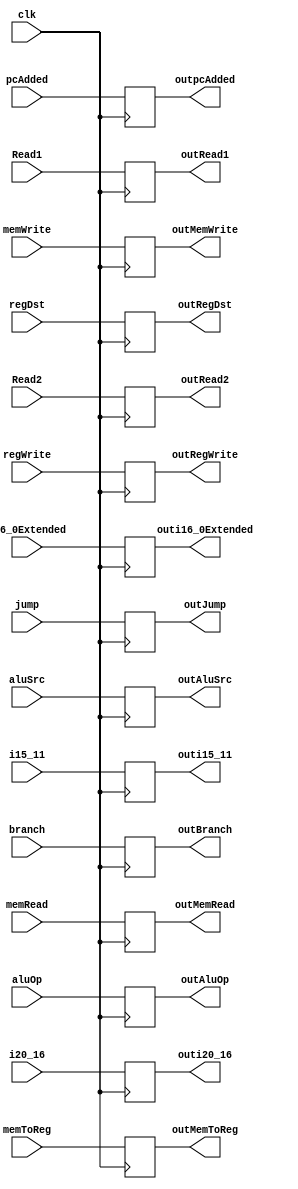
`timescale 1ns/1ns
module InstructionDecode (
    input clk,
    input [31:0] pcAdded,
    input [31:0] Read1,//Obtenido desde banco de registros
    input [31:0] Read2,//Obtenido desde banco de registros
    input [31:0] i16_0Extended,//Obtenido del "sign extend" de los 16 bits menos significativos de lainstruccin
    input [4:0] i20_16,
    input [4:0] i15_11,
    input regDst,// EX - Obtenido de la unidad control
    input [2:0] aluOp,// EX - Obtenido de la unidad control
    input aluSrc,// EX - Obtenido de la unidad control
    input branch,// EX MEM- Obtenido de la unidad control
    input memWrite,// EX MEM- Obtenido de la unidad control
    input memRead,// EX MEM- Obtenido de la unidad control
    input regWrite,// WB - Obtenido de la unidad control
    input memToReg,// WB - Obtenido de la unidad control
    input jump,
    /* Las salidas estarn relacionadas directamente a la entrada que esta contenida en su nombre */
    output reg [31:0] outpcAdded,
    output reg [31:0] outRead1,
    output reg [31:0] outRead2,
    output reg [31:0] outi16_0Extended,
    output reg [4:0] outi20_16,
    output reg [4:0] outi15_11,
    /* Salidas de la unidad de control */
    output reg outRegDst,
    output reg [2:0] outAluOp,
    output reg outAluSrc,
    output reg outBranch,
    output reg outMemWrite,
    output reg outMemRead,
    output reg outRegWrite,
    output reg outMemToReg,
    output reg outJump
);
    initial begin
        outpcAdded = 0;
        outRead1 = 0;
        outRead2 = 0;
        outi16_0Extended = 0;
        outi20_16 = 0;
        outi15_11 = 0;
        outRegDst = 0;
        outAluOp = 0;
        outAluSrc = 0;
        outBranch = 0;
        outMemWrite = 0;
        outMemRead = 0;
        outRegWrite = 0;
        outMemToReg = 0;
        outJump = 0;
    end

    always @(posedge clk) begin
        outpcAdded <= pcAdded;
        outRead1 <= Read1;
        outRead2 <= Read2;
        outi16_0Extended <= i16_0Extended;
        outi20_16 <= i20_16;
        outi15_11 <= i15_11;
        /* Salidas de la unidad de control */
        outRegDst <= regDst;
        outAluOp <= aluOp;
        outAluSrc <= aluSrc;
        outBranch <= branch;
        outMemWrite <= memWrite;
        outMemRead <= memRead;
        outRegWrite <= regWrite;
        outMemToReg <= memToReg;
        outJump <= jump;
    end

endmodule //InstructionDecode